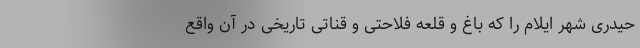
حیدری شهر ایلام را که باغ و قلعه فلاحتی و قناتی تاریخی در آن واقع